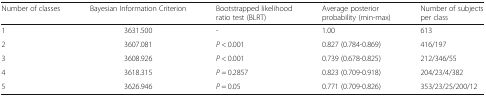
<table><thead><tr><td><b>Number of classes</b></td><td><b>Bayesian Information Criterion</b></td><td><b>Bootstrapped likelihood ratio test (BLRT)</b></td><td><b>Average posterior probability (min-max)</b></td><td><b>Number of subjects per class</b></td></tr></thead><tbody><tr><td>1</td><td>3631.500</td><td>-</td><td>1.00</td><td>613</td></tr><tr><td>2</td><td>3607.081</td><td><i>P</i> &lt; 0.001</td><td>0.827 (0.784-0.869)</td><td>416/197</td></tr><tr><td>3</td><td>3608.926</td><td><i>P</i> &lt; 0.001</td><td>0.739 (0.678-0.825)</td><td>212/346/55</td></tr><tr><td>4</td><td>3618.315</td><td><i>P</i> = 0.2857</td><td>0.823 (0.709-0.918)</td><td>204/23/4/382</td></tr><tr><td>5</td><td>3626.946</td><td><i>P</i> = 0.05</td><td>0.771 (0.709-0.826)</td><td>353/23/25/200/12</td></tr></tbody></table>